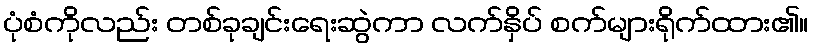
ပုံစံကိုလည်း တစ်ခုချင်းရေးဆွဲကာ လက်နှိပ် စက်များရိုက်ထား၏။